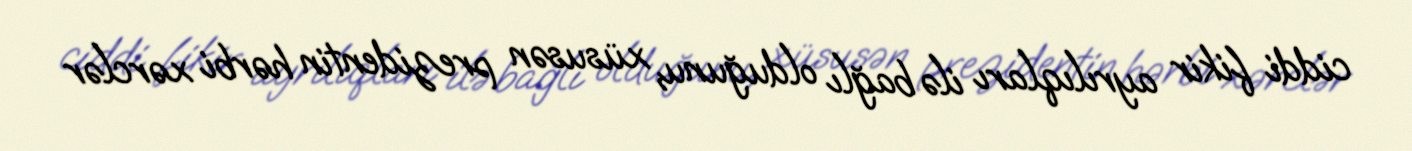
ciddi fikir ayrılıqları ilə bağlı olduğunu, xüsusən prezidentin hərbi xərclər